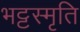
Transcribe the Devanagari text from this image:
भट्टस्मृति